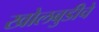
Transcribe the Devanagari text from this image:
खोलबुडीचे